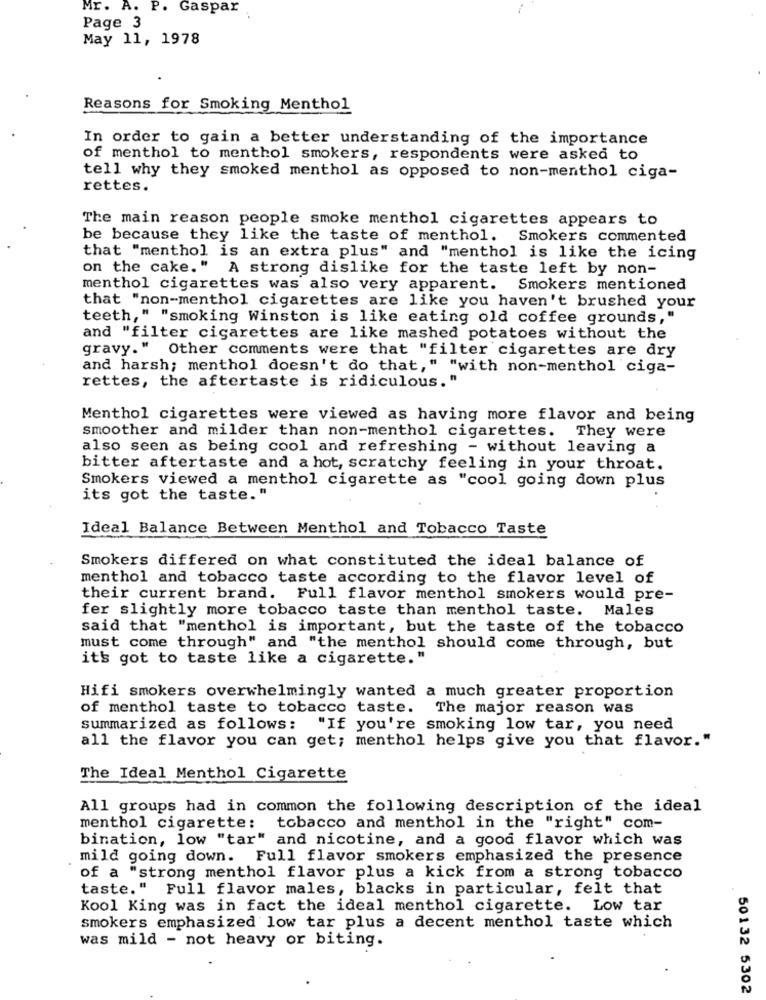
Mr. A. P. Gaspar
Page 3
May 11, 1978
Reasons for Smoking Menthol
In order to gain a better understanding of the importance
of menthol to menthol smokers, respondents were asked to
tell why they smoked menthol as opposed to non-menthol ciga-
rettes.
The main reason people smoke menthol cigarettes appears to
be because they like the taste of menthol. Smokers commented
that "menthol is an extra plus" and "menthol is like the icing
on the cake." A strong dislike for the taste left by non-
menthol cigarettes was also very apparent. Smokers mentioned
that "non-menthol cigarettes are like you haven't brushed your
teeth," "smoking Winston is like eating old coffee grounds,"
and "filter cigarettes are like mashed potatoes without the
gravy." Other comments were that "filter cigarettes are dry
and harsh; menthol doesn't do that," "with non-menthol ciga-
rettes, the aftertaste is ridiculous. "
Menthol cigarettes were viewed as having more flavor and being
smoother and milder than non-menthol cigarettes. They were
also seen as being cool and refreshing - without leaving a
bitter aftertaste and a hot, scratchy feeling in your throat.
Smokers viewed a menthol cigarette as "cool going down plus
its got the taste."
Ideal Balance Between Menthol and Tobacco Taste
Smokers differed on what constituted the ideal balance of
menthol and tobacco taste according to the flavor level of
their current brand. Full flavor menthol smokers would pre-
fer slightly more tobacco taste than menthol taste. Males
said that "menthol is important, but the taste of the tobacco
must come through" and "the menthol should come through, but
it's got to taste like a cigarette."
Hifi smokers overwhelmingly wanted a much greater proportion
of menthol taste to tobacco taste. The major reason was
summarized as follows:
"If you're smoking low tar, you need
all the flavor you can get; menthol helps give you that flavor."
The Ideal Menthol Cigarette
All groups had in common the following description of the ideal
menthol cigarette: tobacco and menthol in the "right" com-
bination, low "tar" and nicotine, and a good flavor which was
mild going down. Full flavor smokers emphasized the presence
of a "strong menthol flavor plus a kick from a strong tobacco
taste." Full flavor males, blacks in particular, felt that
Kool King was in fact the ideal menthol cigarette. Low tar
smokers emphasized low tar plus a decent menthol taste which
was mild - not heavy or biting.
50132 5302